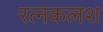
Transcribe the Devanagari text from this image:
रत्‍नकलश